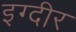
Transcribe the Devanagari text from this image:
इग्दीर